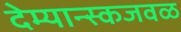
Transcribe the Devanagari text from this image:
देम्यान्स्कजवळ